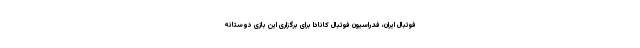
فوتبال ایران، فدراسیون فوتبال کانادا برای برگزاری این بازی دوستانه